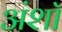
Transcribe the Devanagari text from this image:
अंशॉ